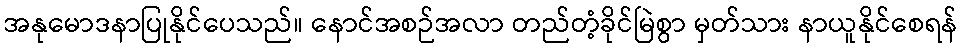
အနုမောဒနာပြုနိုင်ပေသည်။ နောင်အစဉ်အလာ တည်တံ့ခိုင်မြဲစွာ မှတ်သား နာယူနိုင်စေရန်